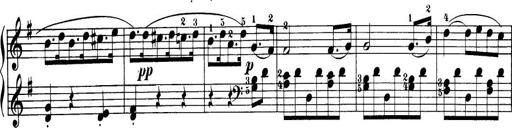
Title: 32 Sonatinas and Rondos for the Piano
Composer: Richard Kleinmichel